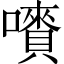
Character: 𡃄